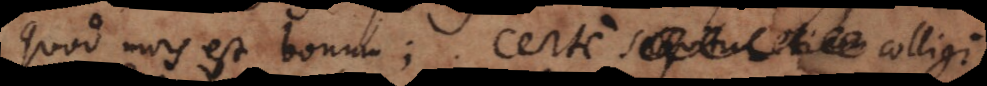
quod mors est bonum; certe sequitur